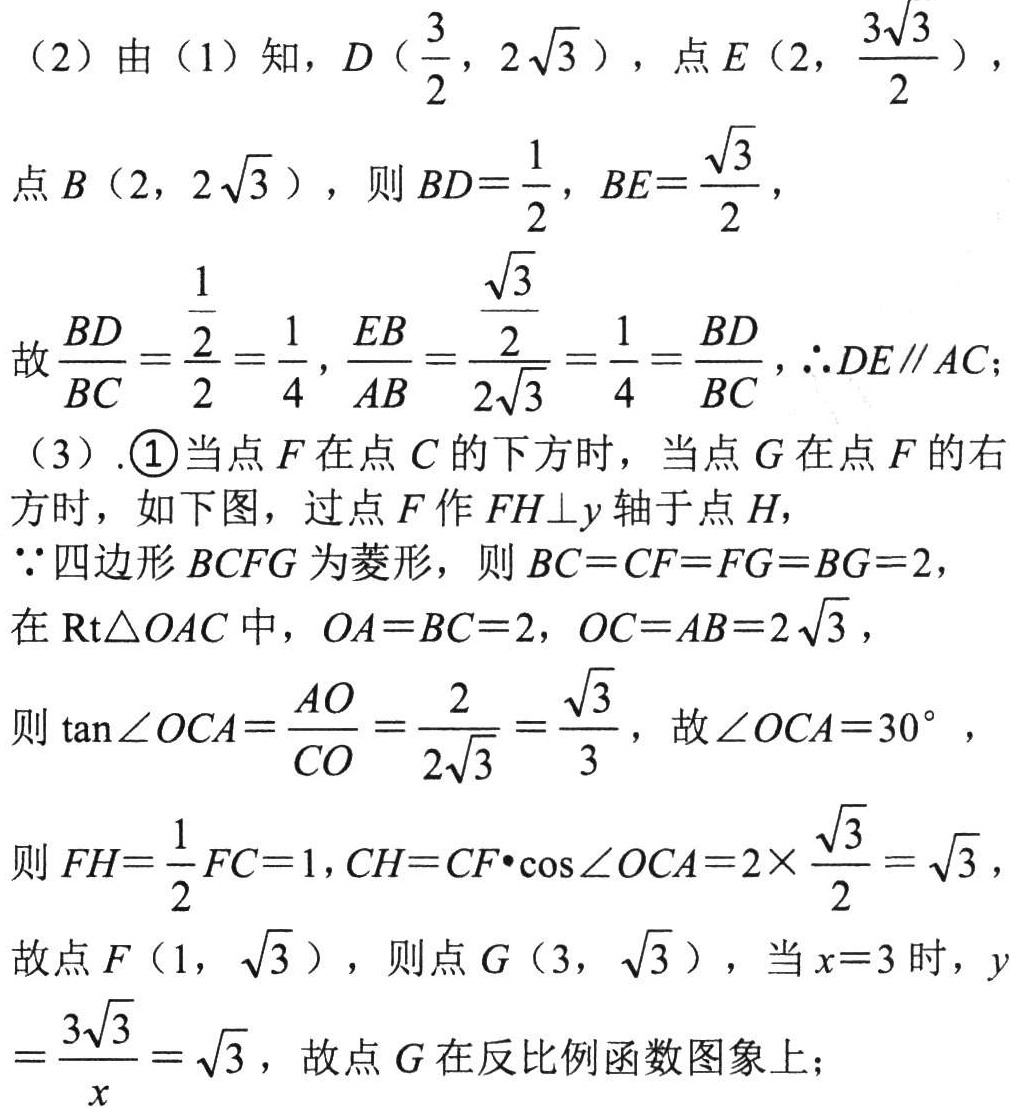
（2）由（1）知，\(D\left(\frac{3}{2},2\sqrt{3}\right)\)，点\(E\left(2,\frac{3\sqrt{3}}{2}\right)\)，
点\(B\left(2,2\sqrt{3}\right)\)，则\(BD = \frac{1}{2}\)，\(BE=\frac{\sqrt{3}}{2}\)，
故\(\frac{BD}{BC}=\frac{\frac{1}{2}}{2}=\frac{1}{4}\)，\(\frac{EB}{AB}=\frac{\frac{\sqrt{3}}{2}}{2\sqrt{3}}=\frac{1}{4}=\frac{BD}{BC}\)，\(\therefore DE\parallel AC\)；
（3）.\textcircled{1}当点\(F\)在点\(C\)的下方时，当点\(G\)在点\(F\)的右方时，如下图，过点\(F\)作\(FH\perp y\)轴于点\(H\)，
\(\because\)四边形\(BCFG\)为菱形，则\(BC = CF = FG = BG = 2\)，
在\(\text{Rt}\triangle OAC\)中，\(OA = BC = 2\)，\(OC = AB = 2\sqrt{3}\)，
则\(\tan\angle OCA=\frac{AO}{CO}=\frac{2}{2\sqrt{3}}=\frac{\sqrt{3}}{3}\)，故\(\angle OCA = 30^{\circ}\)，
则\(FH=\frac{1}{2}FC = 1\)，\(CH = CF\cdot\cos\angle OCA=2\times\frac{\sqrt{3}}{2}=\sqrt{3}\)，
故点\(F\left(1,\sqrt{3}\right)\)，则点\(G\left(3,\sqrt{3}\right)\)，当\(x = 3\)时，\(y=\frac{3\sqrt{3}}{x}=\sqrt{3}\)，故点\(G\)在反比例函数图象上；